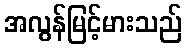
အလွန်မြင့်မားသည်